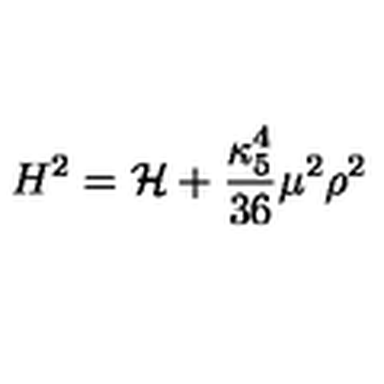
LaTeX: H ^ { 2 } = { \cal H } + \frac { \kappa _ { 5 } ^ { 4 } } { 3 6 } \mu ^ { 2 } \rho ^ { 2 }